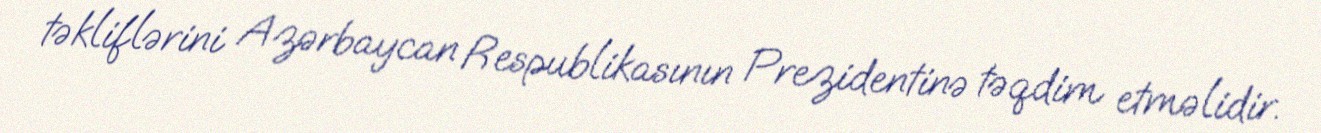
təkliflərini Azərbaycan Respublikasının Prezidentinə təqdim etməlidir.